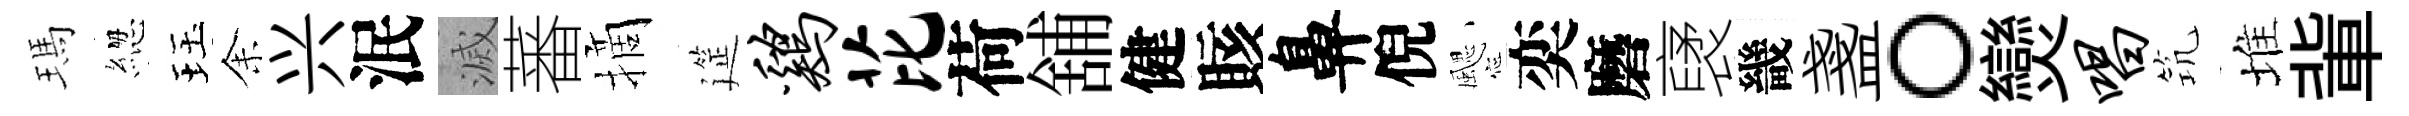
瑪緫珏𪜬兴泯滅蕃摘筵鸡芘荷舖健賅鼻倪颸奕磨裦畿盞。𤓖唱𥬑堆軰